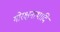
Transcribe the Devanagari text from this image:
गोरक्षनाथादि